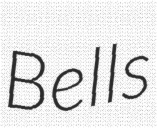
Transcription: Bells